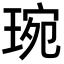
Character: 琬